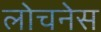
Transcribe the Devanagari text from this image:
लोचनेस